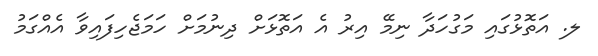
ލ. އަތޮޅުގައި މަގުހަދާ ނިމޭ އިރު އެ އަތޮޅަށް ދިނުމަށް ހަމަޖެހިފައިވާ އެއްގަމު